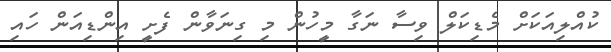
ކުއްލިއަކަށް މެޑިކަލް ވިސާ ނަގާ މީހުން މި ގިނަވާން ފެށީ އިންޑިއަން ހައި